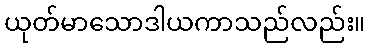
ယုတ်မာသောဒါယကာသည်လည်း။